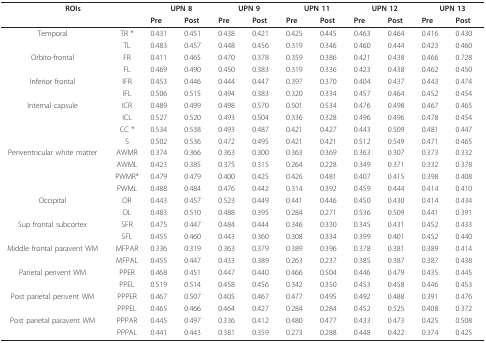
<table><thead><tr><td colspan="2"><b>ROIs</b></td><td colspan="2"><b>UPN 8</b></td><td colspan="2"><b>UPN 9</b></td><td colspan="2"><b>UPN 11</b></td><td colspan="2"><b>UPN 12</b></td><td colspan="2"><b>UPN 13</b></td></tr><tr><td></td><td></td><td><b>Pre</b></td><td><b>Post</b></td><td><b>Pre</b></td><td><b>Post</b></td><td><b>Pre</b></td><td><b>Post</b></td><td><b>Pre</b></td><td><b>Post</b></td><td><b>Pre</b></td><td><b>Post</b></td></tr></thead><tbody><tr><td>Temporal</td><td>TR *</td><td>0.431</td><td>0.451</td><td>0.438</td><td>0.421</td><td>0.425</td><td>0.445</td><td>0.463</td><td>0.464</td><td>0.416</td><td>0.430</td></tr><tr><td></td><td>TL</td><td>0.483</td><td>0.457</td><td>0.448</td><td>0.456</td><td>0.319</td><td>0.346</td><td>0.460</td><td>0.444</td><td>0.423</td><td>0.460</td></tr><tr><td>Orbito-frontal</td><td>FR</td><td>0.411</td><td>0.465</td><td>0.470</td><td>0.378</td><td>0.359</td><td>0.386</td><td>0.421</td><td>0.438</td><td>0.466</td><td>0.728</td></tr><tr><td></td><td>FL</td><td>0.469</td><td>0.490</td><td>0.450</td><td>0.383</td><td>0.319</td><td>0.336</td><td>0.423</td><td>0.438</td><td>0.462</td><td>0.450</td></tr><tr><td>Inferior frontal</td><td>IFR</td><td>0.453</td><td>0.446</td><td>0.444</td><td>0.447</td><td>0.397</td><td>0.370</td><td>0.404</td><td>0.437</td><td>0.443</td><td>0.474</td></tr><tr><td></td><td>IFL</td><td>0.506</td><td>0.515</td><td>0.494</td><td>0.383</td><td>0.320</td><td>0.334</td><td>0.457</td><td>0.464</td><td>0.452</td><td>0.454</td></tr><tr><td>Internal capsule</td><td>ICR</td><td>0.489</td><td>0.499</td><td>0.498</td><td>0.570</td><td>0.501</td><td>0.534</td><td>0.476</td><td>0.498</td><td>0.467</td><td>0.465</td></tr><tr><td></td><td>ICL</td><td>0.527</td><td>0.520</td><td>0.493</td><td>0.504</td><td>0.336</td><td>0.328</td><td>0.496</td><td>0.496</td><td>0.478</td><td>0.454</td></tr><tr><td></td><td>CC *</td><td>0.534</td><td>0.538</td><td>0.493</td><td>0.487</td><td>0.421</td><td>0.427</td><td>0.443</td><td>0.509</td><td>0.481</td><td>0.447</td></tr><tr><td></td><td>S</td><td>0.502</td><td>0.536</td><td>0.472</td><td>0.495</td><td>0.421</td><td>0.421</td><td>0.512</td><td>0.549</td><td>0.471</td><td>0.465</td></tr><tr><td>Periventricular white matter</td><td>AWMR</td><td>0.374</td><td>0.366</td><td>0.363</td><td>0.300</td><td>0.363</td><td>0.369</td><td>0.363</td><td>0.307</td><td>0.373</td><td>0.332</td></tr><tr><td></td><td>AWML</td><td>0.423</td><td>0.385</td><td>0.375</td><td>0.315</td><td>0.264</td><td>0.228</td><td>0.349</td><td>0.371</td><td>0.332</td><td>0.378</td></tr><tr><td></td><td>PWMR*</td><td>0.479</td><td>0.479</td><td>0.400</td><td>0.425</td><td>0.426</td><td>0.481</td><td>0.407</td><td>0.415</td><td>0.398</td><td>0.408</td></tr><tr><td></td><td>PWML</td><td>0.488</td><td>0.484</td><td>0.476</td><td>0.442</td><td>0.314</td><td>0.392</td><td>0.459</td><td>0.444</td><td>0.414</td><td>0.410</td></tr><tr><td>Occipital</td><td>OR</td><td>0.443</td><td>0.457</td><td>0.523</td><td>0.449</td><td>0.441</td><td>0.446</td><td>0.450</td><td>0.430</td><td>0.414</td><td>0.434</td></tr><tr><td></td><td>OL</td><td>0.483</td><td>0.510</td><td>0.488</td><td>0.395</td><td>0.284</td><td>0.271</td><td>0.536</td><td>0.509</td><td>0.441</td><td>0.391</td></tr><tr><td>Sup frontal subcortex</td><td>SFR</td><td>0.475</td><td>0.447</td><td>0.484</td><td>0.444</td><td>0.346</td><td>0.330</td><td>0.345</td><td>0.431</td><td>0.452</td><td>0.433</td></tr><tr><td></td><td>SFL</td><td>0.455</td><td>0.460</td><td>0.443</td><td>0.360</td><td>0.308</td><td>0.334</td><td>0.399</td><td>0.401</td><td>0.452</td><td>0.440</td></tr><tr><td>Middle frontal paravent WM</td><td>MFPAR</td><td>0.336</td><td>0.319</td><td>0.363</td><td>0.379</td><td>0.389</td><td>0.396</td><td>0.378</td><td>0.381</td><td>0.389</td><td>0.414</td></tr><tr><td></td><td>MFPAL</td><td>0.455</td><td>0.447</td><td>0.433</td><td>0.389</td><td>0.263</td><td>0.237</td><td>0.385</td><td>0.387</td><td>0.387</td><td>0.438</td></tr><tr><td>Parietal perivent WM</td><td>PPER</td><td>0.468</td><td>0.451</td><td>0.447</td><td>0.440</td><td>0.466</td><td>0.504</td><td>0.446</td><td>0.479</td><td>0.435</td><td>0.445</td></tr><tr><td></td><td>PPEL</td><td>0.519</td><td>0.514</td><td>0.458</td><td>0.456</td><td>0.342</td><td>0.350</td><td>0.453</td><td>0.458</td><td>0.446</td><td>0.453</td></tr><tr><td>Post parietal perivent WM</td><td>PPPER</td><td>0.467</td><td>0.507</td><td>0.405</td><td>0.467</td><td>0.477</td><td>0.495</td><td>0.492</td><td>0.488</td><td>0.391</td><td>0.476</td></tr><tr><td></td><td>PPPEL</td><td>0.465</td><td>0.466</td><td>0.464</td><td>0.427</td><td>0.284</td><td>0.284</td><td>0.452</td><td>0.525</td><td>0.408</td><td>0.372</td></tr><tr><td>Post parietal paravent WM</td><td>PPPAR</td><td>0.445</td><td>0.497</td><td>0.336</td><td>0.412</td><td>0.480</td><td>0.477</td><td>0.433</td><td>0.473</td><td>0.425</td><td>0.508</td></tr><tr><td></td><td>PPPAL</td><td>0.441</td><td>0.443</td><td>0.381</td><td>0.359</td><td>0.273</td><td>0.288</td><td>0.448</td><td>0.422</td><td>0.374</td><td>0.425</td></tr></tbody></table>